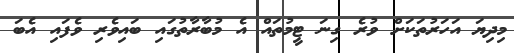
މިދިޔަ އަހަރުތަކަށް ވުރެ ގިނަ ޓީމުތައް އެ މުބާރާތުގައި ބައިވެރި ވެފައި އެބަ